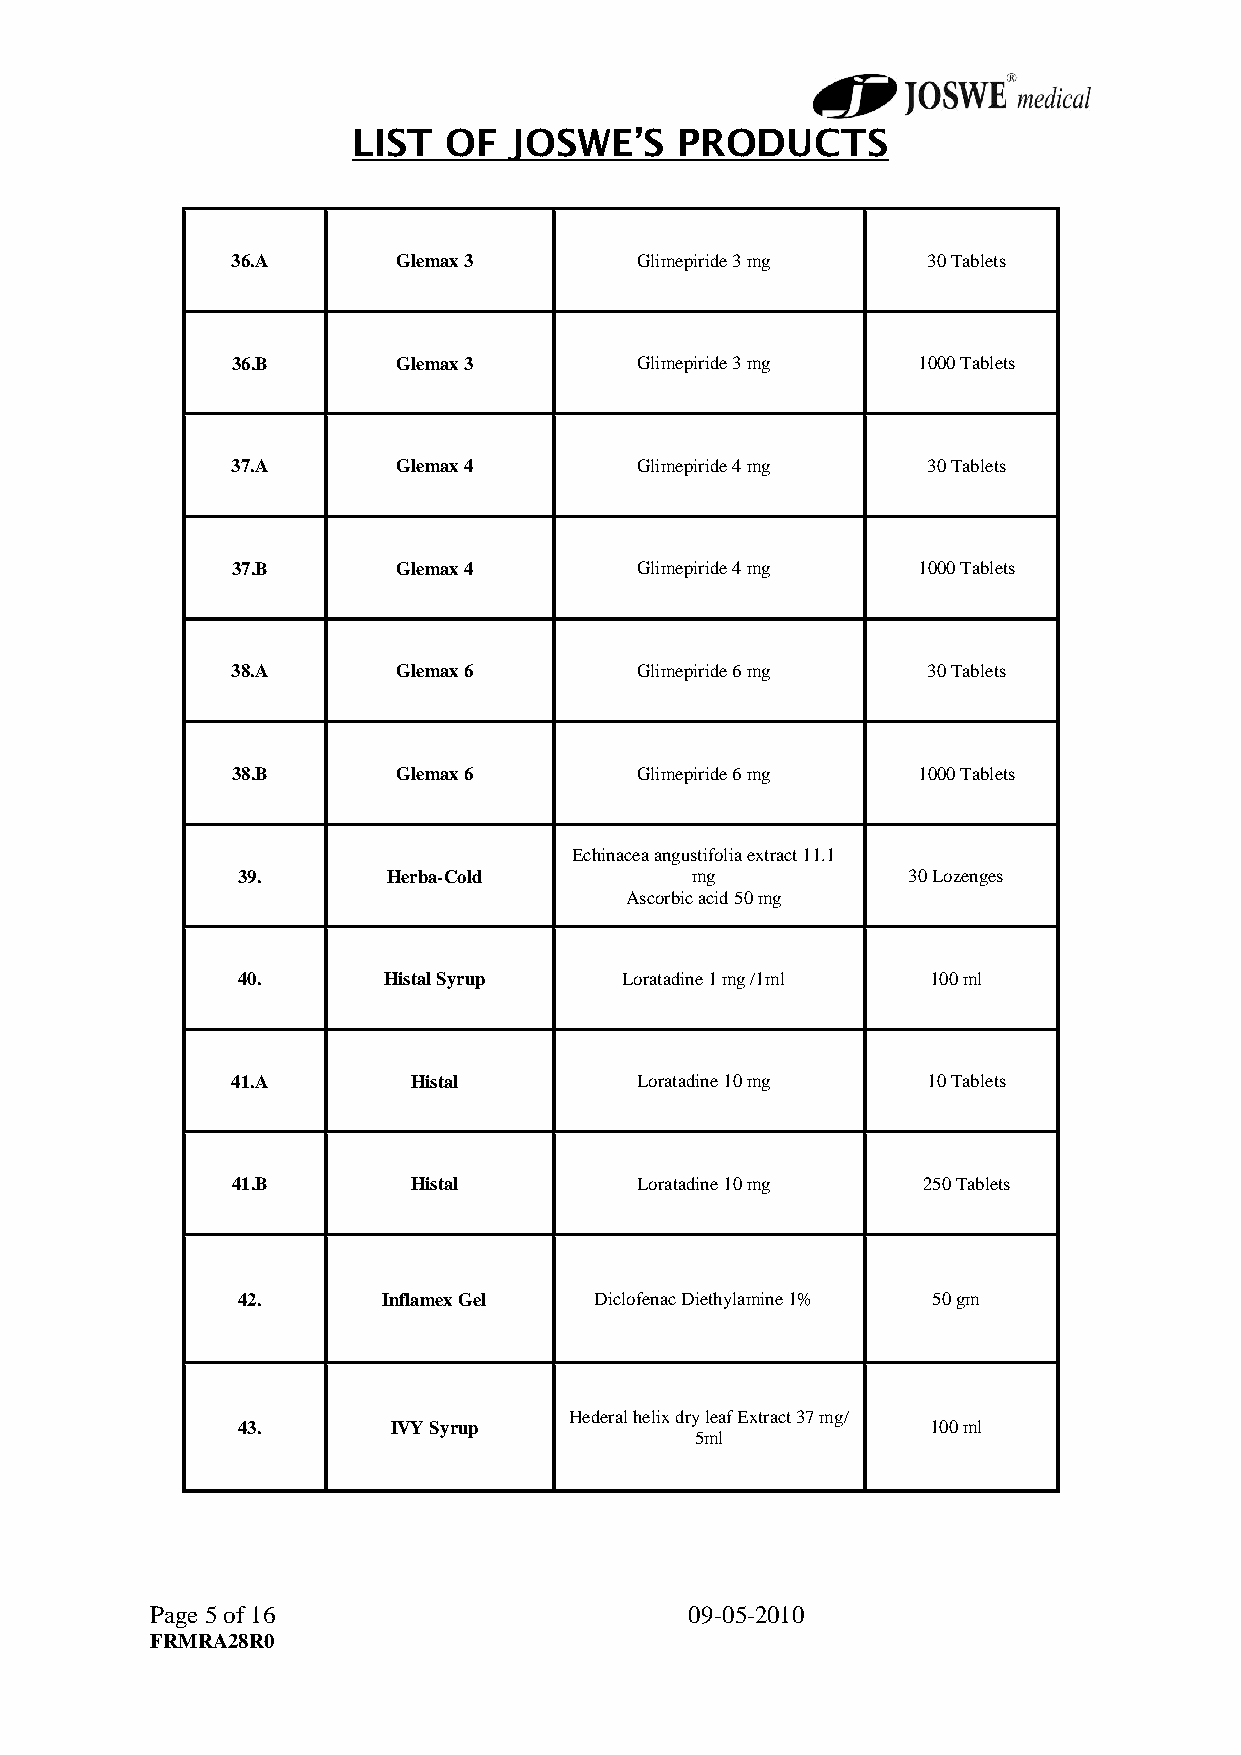
LIST   OF  JOSWE’S    PRODUCTS
 36.A       Glemax 3        Glimepiride 3 mg   30 Tablets
 36.B       Glemax 3        Glimepiride 3 mg   1000 Tablets
 37.A       Glemax 4        Glimepiride 4 mg   30 Tablets
 37.B       Glemax 4        Glimepiride 4 mg   1000 Tablets
 38.A       Glemax 6        Glimepiride 6 mg   30 Tablets
 38.B       Glemax 6        Glimepiride 6 mg   1000 Tablets
 Echinacea angustifolia extract 11.1
 39.       Herba-Cold          mg            30 Lozenges
 Ascorbic acid 50 mg
 40.      Histal Syrup    Loratadine 1 mg /1ml 100 ml
 41.A        Histal         Loratadine 10 mg   10 Tablets
 41.B        Histal         Loratadine 10 mg   250 Tablets
 42.      Inflamex Gel  Diclofenac Diethylamine 1% 50 gm
 Hederal helix dry leaf Extract 37 mg/
 43.       IVY Syrup                           100 ml
 5ml
 Page 5 of 16                        09-05-2010
 FRMRA28R0